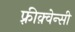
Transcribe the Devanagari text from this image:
फ़्रीक़्वेन्सी